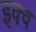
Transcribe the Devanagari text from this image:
इक्व